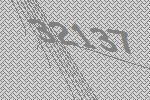
32137